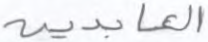
العابدين